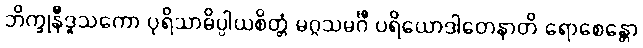
ဘိက္ခုနီဒူသကော ပုရိသာဓိပ္ပါယစိတ္တံ မဂ္ဂသမင်္ဂီ ပရိယောဒါတေနာတိ ရောစေန္တော